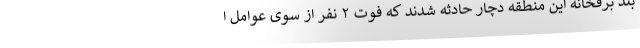
بند برفخانه این منطقه دچار حادثه شدند که فوت ۲ نفر از سوی عوامل ا